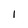
Character: I